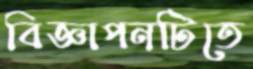
বিজ্ঞাপনটিতে